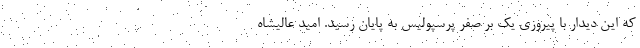
که این دیدار با پیروزی یک بر صفر پرسپولیس به پایان رسید. امید عالیشاه